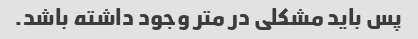
پس باید مشکلی در متر وجود داشته باشد.